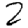
Digit: 2